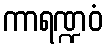
ကာရဏ္ဍဝံ